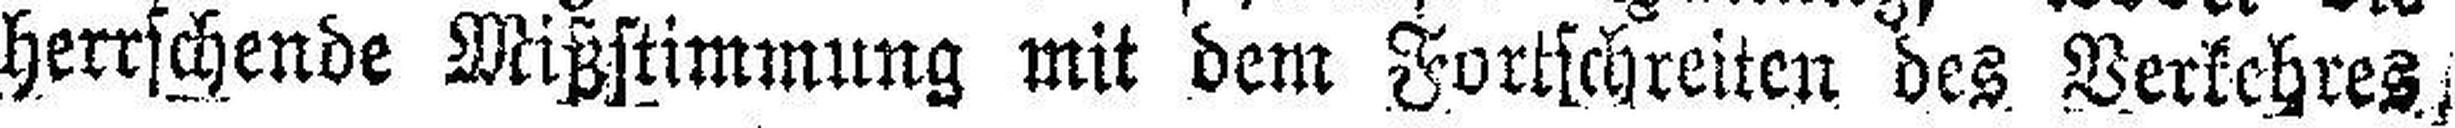
herrschende Mißstimmung mit dem Fortschreiten des Verkehres